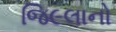
જિ૯લાનો